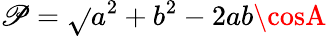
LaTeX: \mathscr{P}=\sqrt{}{{a^{2}+b^{2}-2ab\cosA}}